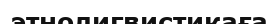
этнолигвистикаға